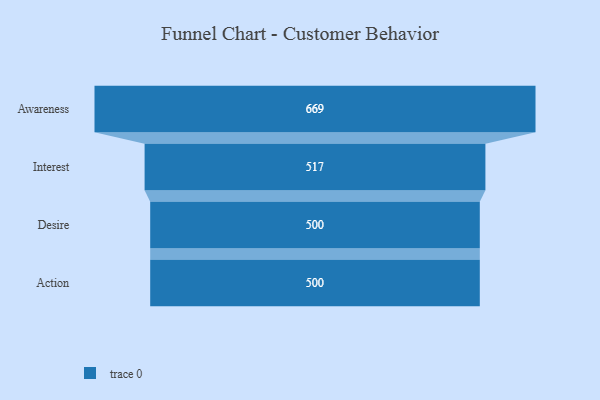
{"axis": {"x": "Stage", "y": "Value"}, "legend": [""], "data": [{"x": "Awareness", "y": 669.0, "type": ""}, {"x": "Interest", "y": 517.0, "type": ""}, {"x": "Desire", "y": 500, "type": ""}, {"x": "Action", "y": 500, "type": ""}]}